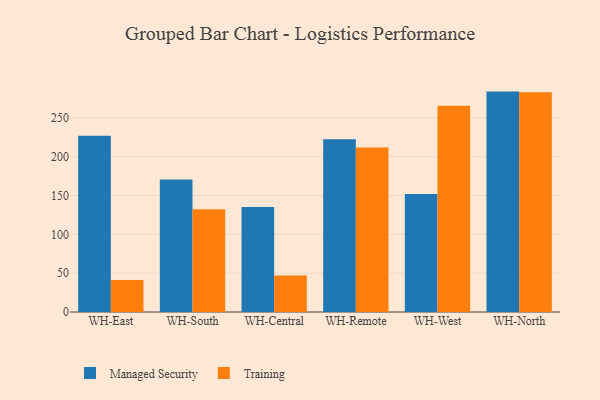
{"axis": {"x": "Warehouse", "y": "Backlog"}, "legend": ["Managed Security", "Training"], "data": [{"x": "WH-East", "y": 227.0, "type": "Managed Security"}, {"x": "WH-East", "y": 41.1, "type": "Training"}, {"x": "WH-South", "y": 170.8, "type": "Managed Security"}, {"x": "WH-South", "y": 132.4, "type": "Training"}, {"x": "WH-Central", "y": 135.1, "type": "Managed Security"}, {"x": "WH-Central", "y": 47.1, "type": "Training"}, {"x": "WH-Remote", "y": 222.4, "type": "Managed Security"}, {"x": "WH-Remote", "y": 211.9, "type": "Training"}, {"x": "WH-West", "y": 152.1, "type": "Managed Security"}, {"x": "WH-West", "y": 265.8, "type": "Training"}, {"x": "WH-North", "y": 283.9, "type": "Managed Security"}, {"x": "WH-North", "y": 283.1, "type": "Training"}]}